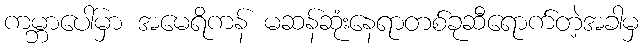
ကမ္ဘာပေါ်မှာ အမေရိကန် မဆန်ဆုံးနေရာတစ်ခုဆီရောက်တဲ့အခါမှ